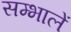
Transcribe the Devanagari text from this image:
सम्भालें